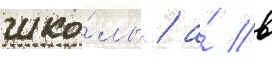
шко́лы / а́ в